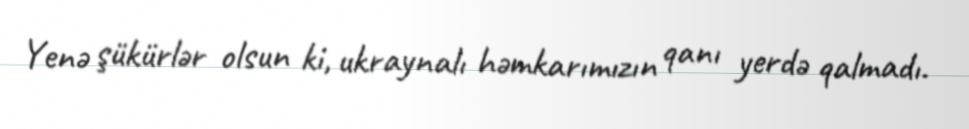
Yenə şükürlər olsun ki, ukraynalı həmkarımızın qanı yerdə qalmadı.